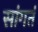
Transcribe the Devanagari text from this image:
सांगतं